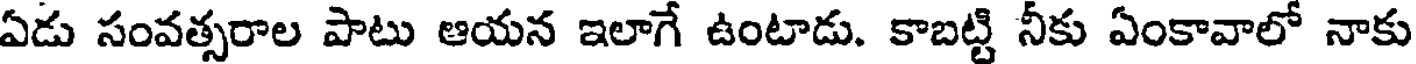
ఏడు సంవత్సరాల పాటు ఆయన ఇలాగే ఉంటాడు. కాబట్టి నీకు ఏంకావాలో నాకు